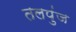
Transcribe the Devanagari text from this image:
तलपुंज